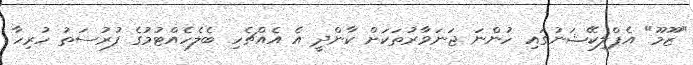
"ޒޫމޫ" އެޕްލިކޭޝަނުގައި ހުންނަ ޖަނަވާރުތަކަށް ކާންދީ އެ އެއްޗެހި ބެލެހެއްޓުމުގެ ފުރުސަތު ހުރިހާ